Calcutta medical institutions reports 1892-1900
Year: 1892
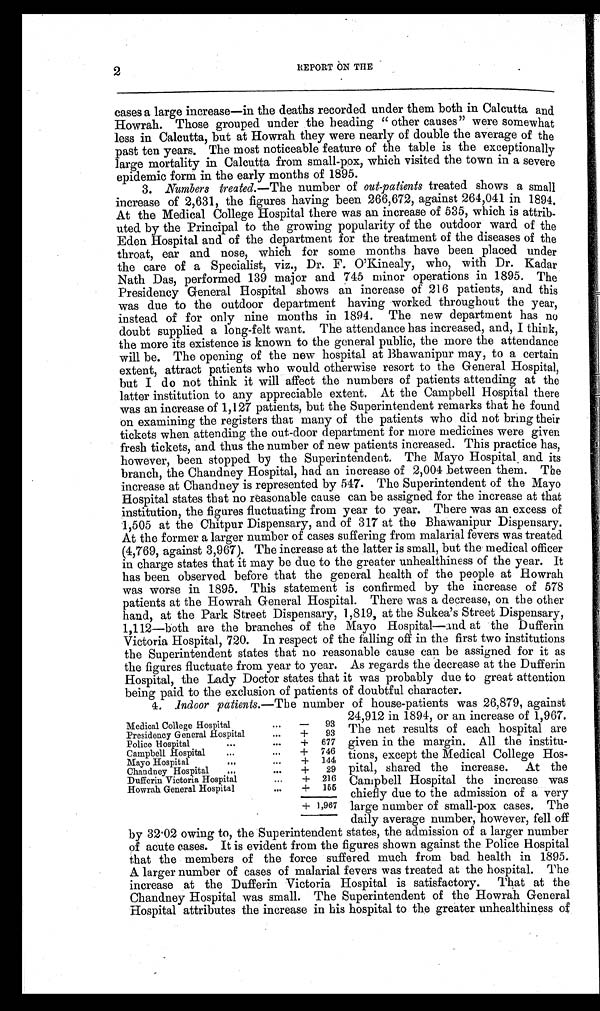
2
REPORT ON THE
cases a large increase—in the deaths recorded under them both in Calcutta and
Howrah. Those grouped under the heading “other causes” were somewhat
less in Calcutta, but at Howrah they were nearly of double the average of the
past ten years. The most noticeable feature of the table is the exceptionally
large mortality in Calcutta from small-pox, which visited the town in a severe
epidemic form in the early months of 1895.
3. Numbers treated. —The number of out-patients treated shows a small
increase of 2,631, the figures having been 266,672, against 264,041 in 1894.
At the Medical College Hospital there was an increase of 535, which is
a t t r i b - u t e d b y t h e P r i n c i p a l t o t h e g r o w i n g p o p u l a r i t y o f t h e o u t d o o r w a r d o f t h e
Eden Hospital and of the department for the treatment of the diseases of the
throat, ear and nose, which for some months have been placed under
the care of a Specialist, viz., Dr. F. O’Kinealy, who, with Dr. Kadar
Nath Das, performed 139 major and 745 minor operations in 1895. The
Presidency General Hospital shows an increase of 216 patients, and this
was due to the outdoor department having worked throughout the year,
instead of for only nine months in 1894. The new department has no
doubt supplied a long-felt want. The attendance has increased, and, I think,
the more its existence is known to the general public, the more the attendance
will be. The opening of the new hospital at Bhawanipur may, to a certain
extent, attract patients who would otherwise resort to the General Hospital,
but I do not think it will affect the numbers of patients attending at the
latter institution to any appreciable extent. At the Campbell Hospital there
was an increase of 1,127 patients, but the Superintendent remarks that he found
on examining the registers that many of the patients who did not bring their
tickets when attending the out-door department for more medicines were given
fresh tickets, and thus the number of new patients increased. This practice has,
however, been stopped by the Superintendent. The Mayo Hospital and its
branch, the Chandney Hospital, had an increase of 2,004 between them. The
increase at Chandney is represented by 547. The Superintendent of the Mayo
Hospital states that no reasonable cause can be assigned for the increase at that
institution, the figures fluctuating from year to year. There was an excess of
1,505 at the Chitpur Dispensary, and of 317 at the Bhawanipur Dispensary.
At the former a larger number of cases suffering from malarial fevers was treated
(4,769, against 3,967). The increase at the latter is small, but the medical officer
in charge states that it may be due to the greater unhealthiness of the year. It
has been observed before that the general health of the people at Howrah
was worse in 1895. This statement is confirmed by the increase of 578
patients at the Howrah General Hospital. There was a decrease, on the other
hand, at the Park Street Dispensary, 1,819, at the Sukea’s Street Dispensary,
1,112—both are the branches of the Mayo Hospital—and at the Dufferin
Victoria Hospital, 720. In respect of the falling off in the first two institutions
the Superintendent states that no reasonable cause can be assigned for it as
the figures fluctuate from year to year. As regards the decrease at the Dufferin
Hospital, the Lady Doctor states that it was probably due to great attention
being paid to the exclusion of patients of doubtful character.
4. I ndoor patients.— The number of house-patients was 26,879, against
24,912 in 1894, or an increase of 1,967.
The net results of each hospital are
given in the margin. All the institu-
tions, except the Medical College Hos-
pital, shared the increase. At the
Campbell Hospital the increase was
chiefly due to the admission of a very
large number of small-pox cases. The
daily average number, however, fell off
by 32.02 owing to, the Superintendent states, the admission of a larger number
of acute cases. It is evident from the figures shown against the Police Hospital
that the members of the force suffered much from bad health in 1895.
A larger number of cases of malarial fevers was treated at the hospital. The
increase at the Dufferin Victoria Hospital is satisfactory. That at the
Chandney Hospital was small. The Superintendent of the Howrah General
Hospital attributes the increase in his hospital to the greater unhealthiness of
Medical College Hospital
Presidency General Hospital
...
...
—
93
+
93
Police Hospital
•••
..,
+
677
Campbell Hospital
...
...
+ 746
Mayo Hospital
...
•••
+
144
Chandney Hospital
...
...
+
29
Dufferin Victoria Hospital
...
+ 216
Howrah General Hospital
...
+ 155
+ 1,967